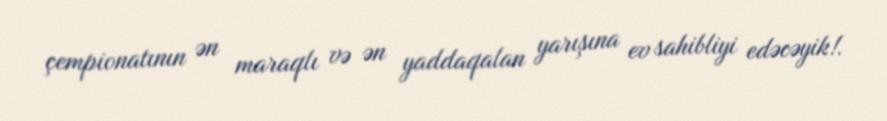
çempionatının ən maraqlı və ən yaddaqalan yarışına ev sahibliyi edəcəyik!.